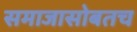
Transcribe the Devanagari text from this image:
समाजासोबतच